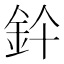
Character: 𨥞